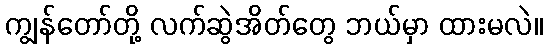
ကျွန်တော်တို့ လက်ဆွဲအိတ်တွေ ဘယ်မှာ ထားမလဲ။